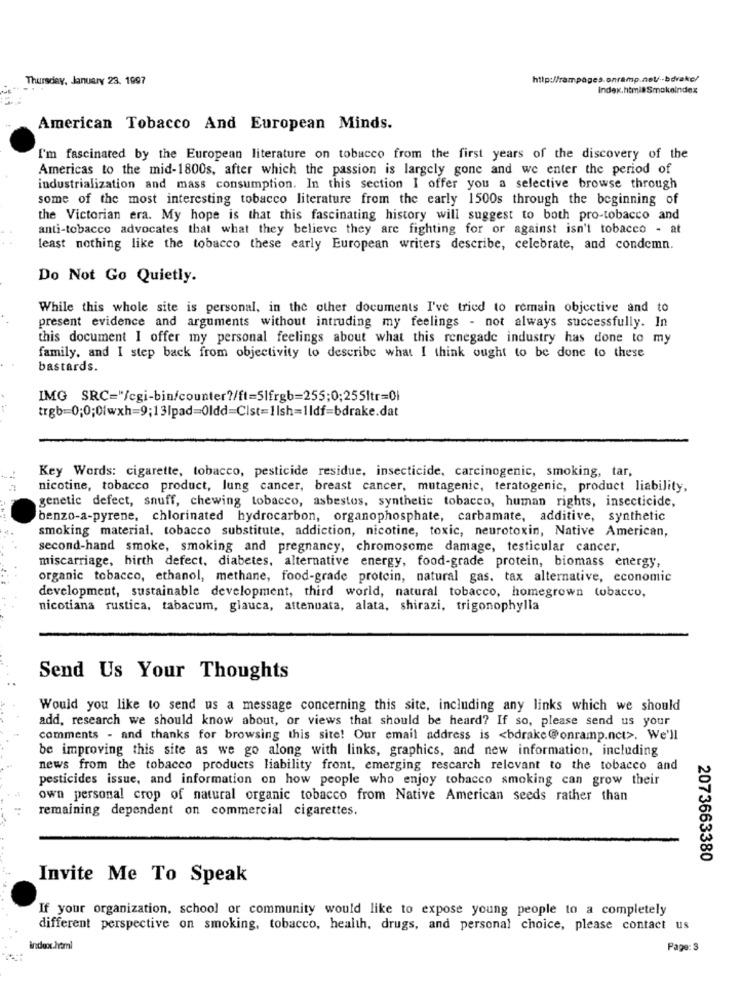
Thursday, January 23. 1997
http://rampages.onramp.nel/ -- bdrake/
Index.html#Smokeindex
American Tobacco And European Minds.
I'm fascinated by the European literature on tobacco from the first years of the discovery of the
Americas to the mid-1800s, after which the passion is largely gone and we enter the period of
industrialization and mass consumption. In this section I offer you a selective browse through
some of the most interesting tobacco literature from the early 1500s through the beginning of
the Victorian era. My hope is that this fascinating history will suggest to both pro-tobacco and
anti-tobacco advocates that what they believe they are fighting for or against isn't tobacco - at
least nothing like the tobacco these early European writers describe, celebrate, and condemn.
Do Not Go Quietly.
While this whole site is personal, in the other documents I've tried to remain objective and to
present evidence and arguments without intruding my feelings - not always successfully. In
this document I offer my personal feelings about what this renegade industry has done to my
family, and I step back from objectivity to describe what I think ought to be done to these
bastards.
trgb=0;0;0/wxh=9;13lpad=Oldd=Cist=1lsh=1ldf=bdrake.dat
Key Words: cigarette, tobacco, pesticide residue, insecticide, carcinogenic, smoking, tar,
nicotine, tobacco product, lung cancer, breast cancer, mutagenic, teratogenic, product liability,
genetic defect, snuff, chewing tobacco, asbestos, synthetic tobacco, human rights, insecticide,
benzo-a-pyrene, chlorinated hydrocarbon, organophosphate, carbamate, additive, synthetic
smoking material, tobacco substitute, addiction, nicotine, toxic, neurotoxin, Native American,
second-hand smoke, smoking and pregnancy, chromosome damage, testicular cancer,
miscarriage, hirth defect, diabetes, alternative energy, food-grade protein, biomass energy,
organic tobacco, ethanol, methane, food-grade protein, natural gas. tax alternative, economic
development, sustainable development, third world, natural tobacco, homegrown tobacco,
nicotiana rustica, tabacum, glauca, attenuata, alata, shirazi, trigonophylla
Send Us Your Thoughts
Would you like to send us a message concerning this site, including any links which we should
add, research we should know about, or views that should be heard? If so, please send us your
comments - and thanks for browsing this site! Our email address is <bdrake@onramp.nct>. We'll
be improving this site as we go along with links, graphics, and new information, including
news from the tobacco products liability front, emerging rescarch relevant to the tobacco and
pesticides issue, and information on how people who enjoy tobacco smoking can grow their
own personal crop of natural organic tobacco from Native American seeds rather than
remaining dependent on commercial cigarettes.
2073663380
Invite Me To Speak
If your organization, school or community would like to expose young people to a completely
different perspective on smoking, tobacco, health, drugs, and personal choice, please contact us
index.html
Page: 3